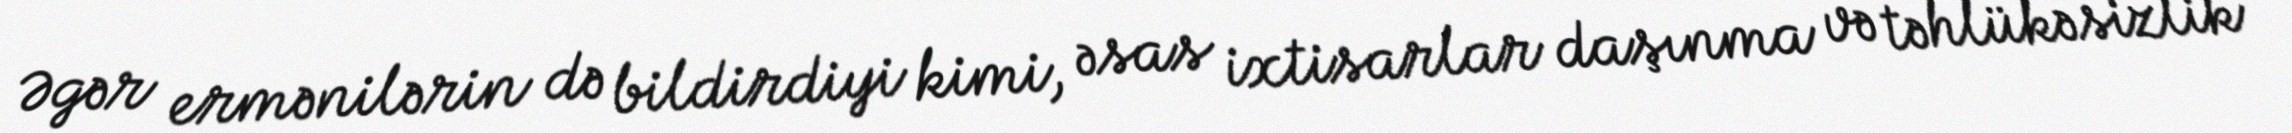
Əgər ermənilərin də bildirdiyi kimi, əsas ixtisarlar daşınma və təhlükəsizlik